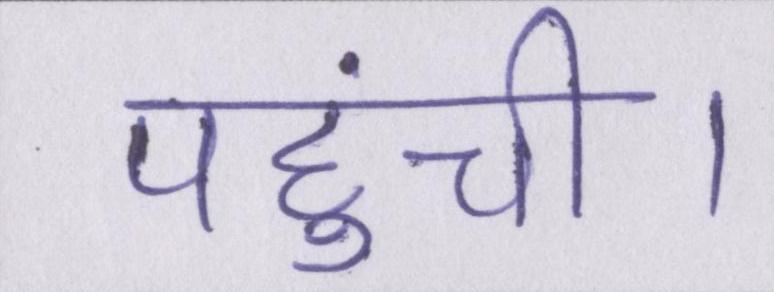
पहुंची।